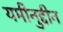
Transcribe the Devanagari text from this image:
यमीनुद्दीन